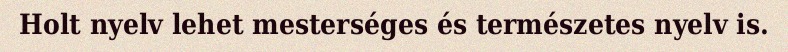
Holt nyelv lehet mesterséges és természetes nyelv is.